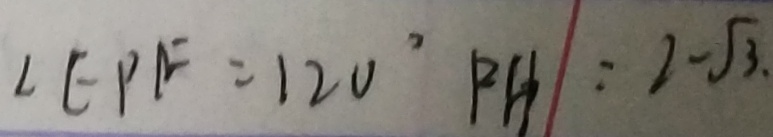
\angle E P F = 1 2 0 ^ { \circ } P H : 2 - \sqrt { 3 . }